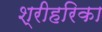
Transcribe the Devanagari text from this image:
श्रीहरिका